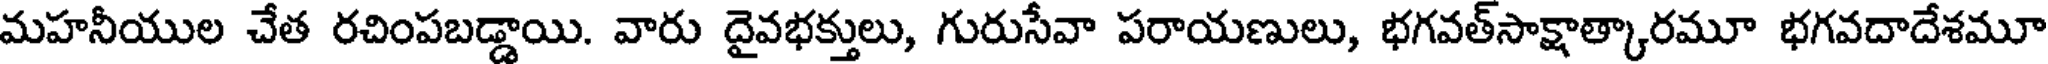
మహనీయుల చేత రచింపబడ్డాయి. వారు దైవభక్తులు, గురుసేవా పరాయణులు, భగవత్సాక్షాత్కారమూ భగవదాదేశమూ